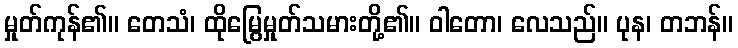
မှုတ်ကုန်၏။ တေသံ၊ ထိုမြွေမှုတ်သမားတို့၏။ ဝါတော၊ လေသည်။ ပုန၊ တဘန်။